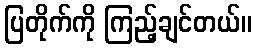
ပြတိုက်ကို ကြည့်ချင်တယ်။